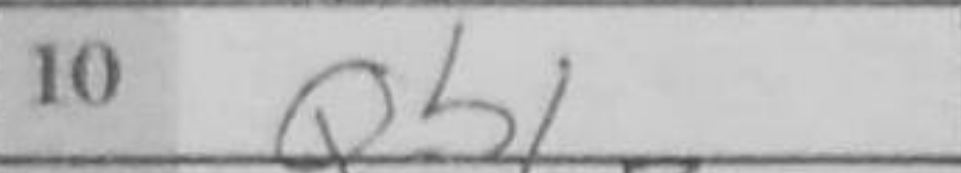
Transcription: Qb1